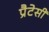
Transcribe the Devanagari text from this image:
प्रैटेसी